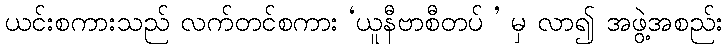
ယင်းစကားသည် လက်တင်စကား ‘ယူနီဗာစီတပ် ’ မှ လာ၍ အဖွဲ့အစည်း